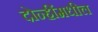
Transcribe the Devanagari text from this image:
दोन्हींमधील